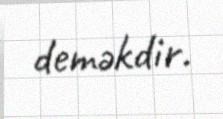
deməkdir.